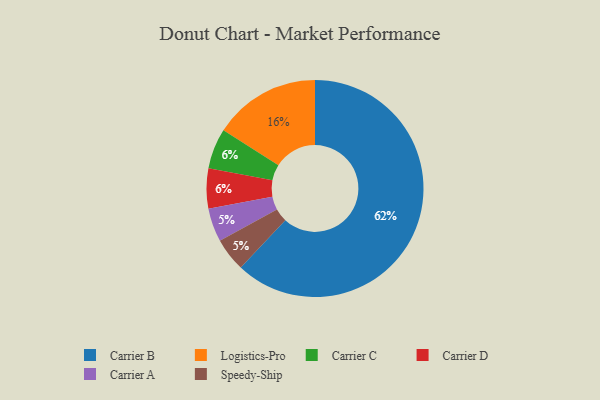
{"axis": {"x": "Category", "y": "Percentage"}, "legend": ["Carrier A", "Carrier B", "Carrier C", "Carrier D", "Logistics-Pro", "Speedy-Ship"], "data": [{"x": "Carrier C", "y": 6, "type": "Carrier C"}, {"x": "Logistics-Pro", "y": 16, "type": "Logistics-Pro"}, {"x": "Carrier A", "y": 5, "type": "Carrier A"}, {"x": "Speedy-Ship", "y": 5, "type": "Speedy-Ship"}, {"x": "Carrier B", "y": 62, "type": "Carrier B"}, {"x": "Carrier D", "y": 6, "type": "Carrier D"}]}